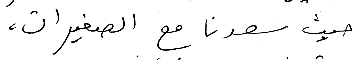
حيث سعدنا مع الصغيرات،